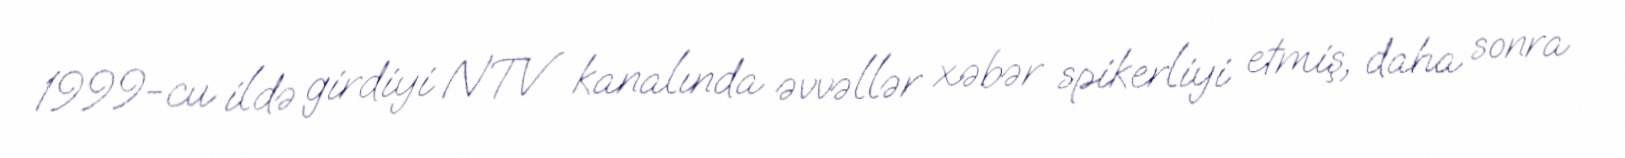
1999-cu ildə girdiyi NTV kanalında əvvəllər xəbər spikerliyi etmiş, daha sonra